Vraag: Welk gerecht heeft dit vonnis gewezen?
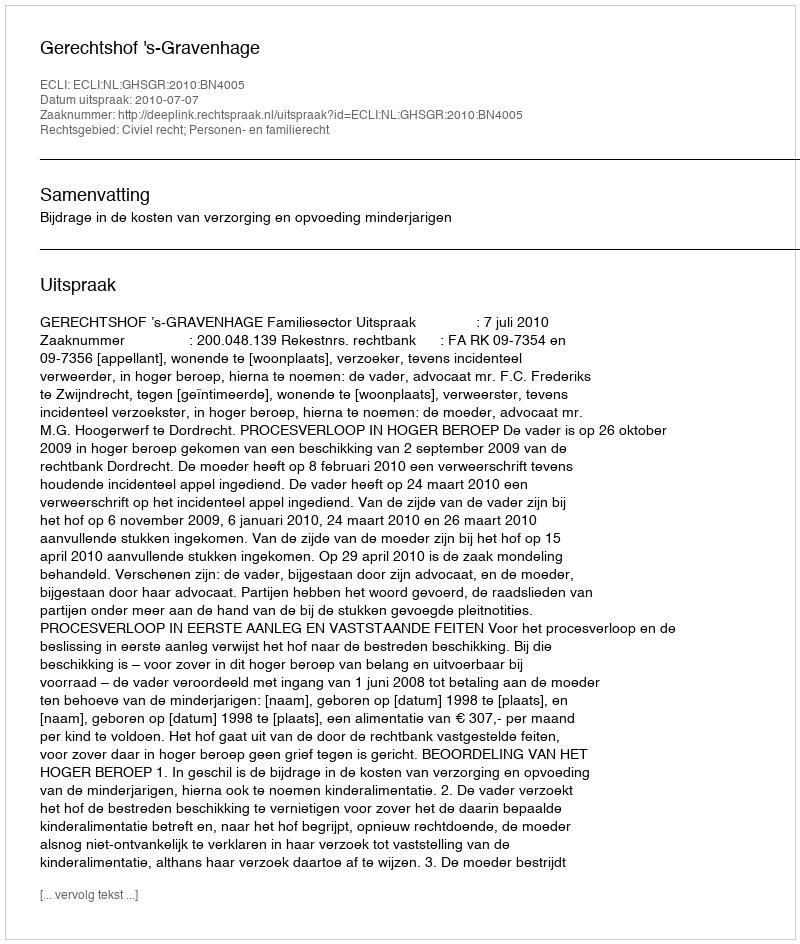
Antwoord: Gerechtshof 's-Gravenhage